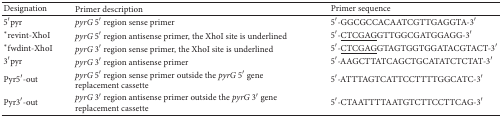
<table><thead><tr><td><b>Designation</b></td><td><b>Primer description</b></td><td><b>Primer sequence</b></td></tr></thead><tbody><tr><td>5′pyr</td><td><i>pyrG</i> 5′ region sense primer</td><td>5′-GGCGCCACAATCGTTGAGGTA-3′</td></tr><tr><td>*revint-XhoI</td><td><i>pyrG</i> 5′ region antisense primer, the XhoI site is underlined</td><td>5′-<underline>CTCGAG</underline>GTTGGCGATGGAGG-3′</td></tr><tr><td>*fwdint-XhoI</td><td><i>pyrG</i> 3′ region sense primer, the XhoI site is underlined</td><td>5′-<underline>CTCGAG</underline>GTAGTGGTGGATACGTACT-3′</td></tr><tr><td>3′pyr</td><td><i>pyrG</i> 3′ region antisense primer</td><td>5′-AAGCTTATCAGCTGCATATCTCTAT-3′</td></tr><tr><td>Pyr5′-out</td><td><i>pyrG</i> 5′ region sense primer outside the <i>pyrG</i> 5′ gene replacement cassette</td><td>5′-ATTTAGTCATTCCTTTTGGCATC-3′</td></tr><tr><td>Pyr3′-out</td><td><i>pyrG</i> 3′ region antisense primer outside the <i>pyrG</i> 3′ gene replacement cassette</td><td>5′-CTAATTTTAATGTCTTCCTTCAG-3′</td></tr></tbody></table>